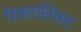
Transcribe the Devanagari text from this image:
फेडरालिस्ट